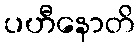
ပဟီနောတိ